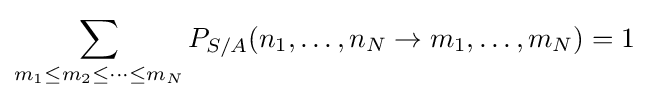
\sum _{m_{1}\leq m_{2}\leq \dots \leq m_{N}}P_{S/A}(n_{1},\ldots ,n_{N}\rightarrow m_{1},\ldots ,m_{N})=1